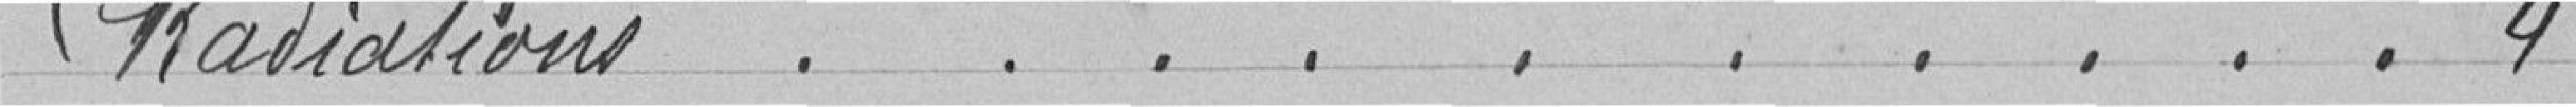
Radiations .......... 4